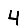
Digit: 4